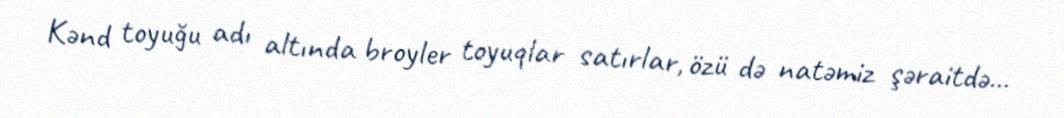
Kənd toyuğu adı altında broyler toyuqlar satırlar, özü də natəmiz şəraitdə...